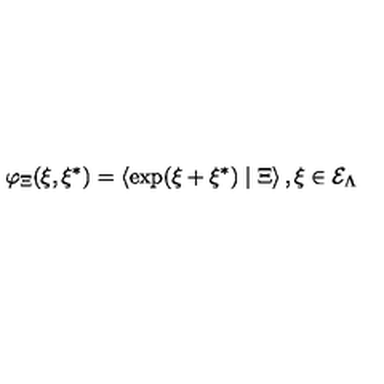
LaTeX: \varphi _ { \Xi } ( \xi , \xi ^ { * } ) = \left\langle \exp ( \xi + \xi ^ { * } ) \mid \Xi \right\rangle , \xi \in { \cal E } _ { \Lambda }